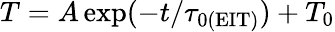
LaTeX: T=A\exp(-t/\tau_{0(\mathrm{EIT})})+T_{0}